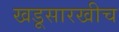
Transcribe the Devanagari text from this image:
खडूसारखीच